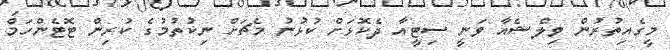
މީގެއިތުރުން ވިލްޝެއާ ވަނީ ސިޓީއާ ދެކޮޅަށް ކުޅުނު މެޗަށް ނިކުތުމުގެ ކުރިން ޓޮޓެންހަމް